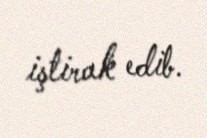
iştirak edib.